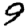
Digit: 9